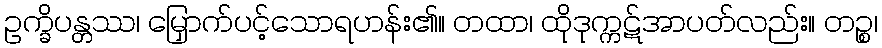
ဥက္ခိပန္တဿ၊ မြှောက်ပင့်သောရဟန်း၏။ တထာ၊ ထိုဒုက္ကဋ်အာပတ်လည်း။ တဉ္စ၊